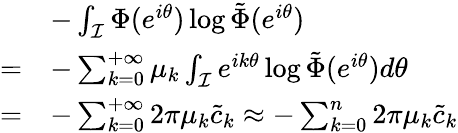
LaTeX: \begin{array}{rl}&{-\int_{\mathcal{I}}\Phi(e^{i\theta})\log\tilde{\Phi}(e^{i\theta})}\\ {=}&{-\sum_{k=0}^{+\infty}\mu_{k}\int_{\mathcal{I}}e^{ik\theta}\log\tilde{\Phi}(e^{i\theta})d\theta}\\ {=}&{-\sum_{k=0}^{+\infty}2\pi\mu_{k}\tilde{c}_{k}\approx-\sum_{k=0}^{n}2\pi\mu_{k}\tilde{c}_{k}}\end{array}